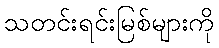
သတင်းရင်းမြစ်များကို